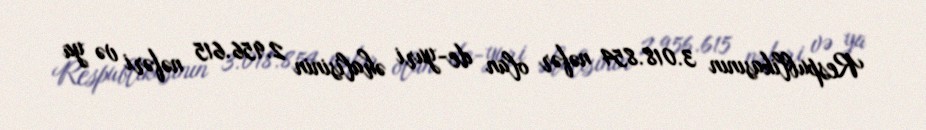
Respublikasının 3.018.854 nəfər olan de-yuri əhalisinin 2.956.615 nəfəri və ya